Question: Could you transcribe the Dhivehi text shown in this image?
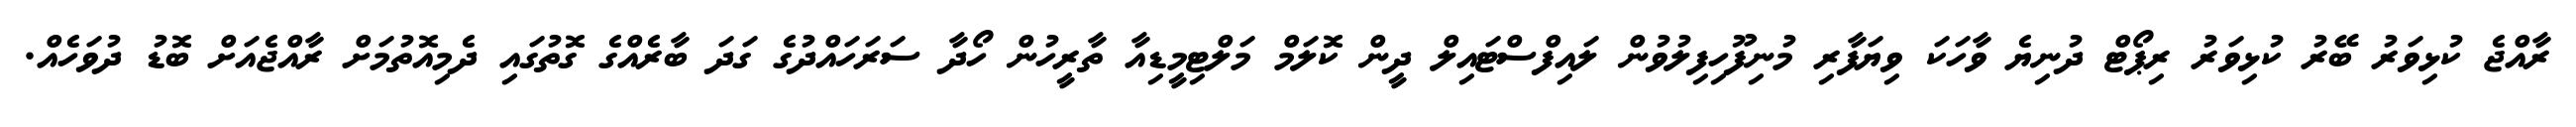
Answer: ރާއްޖެ ކުޅިވަރު ބޭރު ކުޅިވަރު ރިޕޯޓް ދުނިޔެ ވާހަކަ ވިޔަފާރި މުނިފޫހިފިލުވުން ލައިފްސްޓައިލް ދީން ކޮލަމް މަލްޓިމީޑިއާ ތާރީހުން ހޯދާ ސަރަހައްދުގެ ގަދަ ބާރެއްގެ ގޮތުގައި ދެމިއޮތުމަށް ރާއްޖެއަށް ބޮޑު ދުވަހެއް.